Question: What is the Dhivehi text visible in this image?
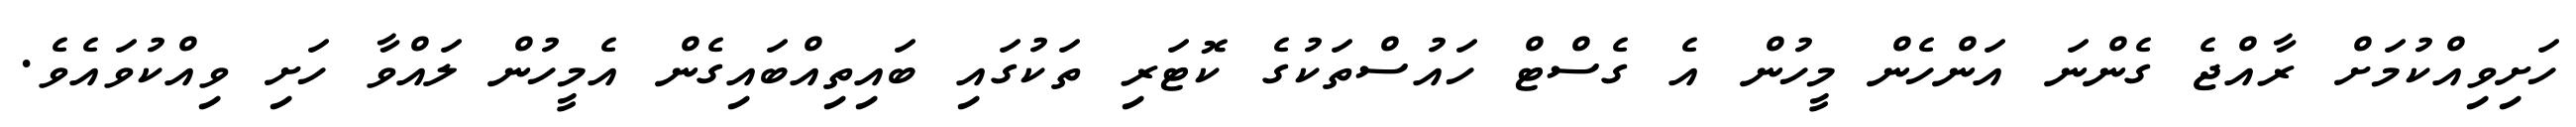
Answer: ހަށިވިއްކުމަށް ރާއްޖެ ގެންނަ އަންހެން މީހުން އެ ގެސްޓް ހައުސްތަކުގެ ކޮޓަރި ތަކުގައި ބައިތިއްބައިގެން އެމީހުން ލައްވާ ހަށި ވިއްކުވައެވެ.